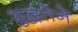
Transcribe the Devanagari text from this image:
शुद्धतेने